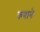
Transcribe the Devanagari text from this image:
कणाने